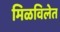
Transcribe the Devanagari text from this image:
मिळविलेत